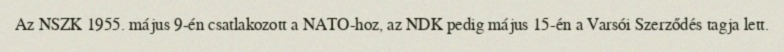
Az NSZK 1955. május 9-én csatlakozott a NATO-hoz, az NDK pedig május 15-én a Varsói Szerződés tagja lett.